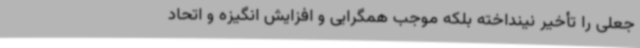
جعلی را تأخیر نینداخته بلکه موجب همگرایی و افزایش انگیزه و اتحاد